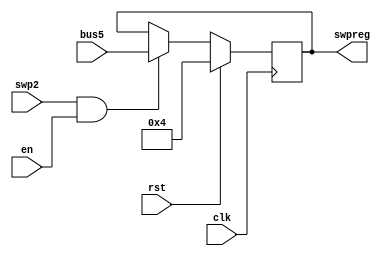
module R17(swpreg,bus5,en,rst,swp2,clk
    );
input en,rst,swp2;
input clk;
input [17:0] bus5;
output [17:0] swpreg;

reg [17:0] swpreg=18'd4;

always @ (negedge clk) begin
	if (rst)
		swpreg<=18'd4;

	else if (swp2 & en)
	swpreg<= bus5;

end
		
endmodule